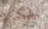
نشكرك